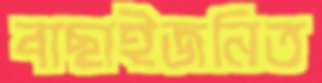
বাছাইজনিত